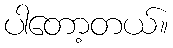
ပါတော့တယ်။